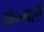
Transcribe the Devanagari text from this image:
ग्रॅहामशी